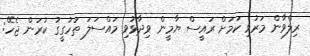
ރިލްވާން މަރުވި ކަމަށް ރައީސް ޔާމީން ވިދާޅުވި މައްސަލަ ތަހުގީގު ކުރަން ޖެހޭ: